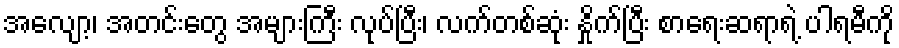
အလျော့၊ အတင်းတွေ အများကြီး လုပ်ပြီး၊ လက်တစ်ဆုံး နှိုက်ပြီး စာရေးဆရာရဲ့ ပါရမီကို